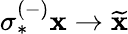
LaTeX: \sigma_{*}^{(-)}\mathbf{x}\rightarrow\widetilde{{\mathbf{x}}}